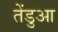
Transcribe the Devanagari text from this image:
तेंडुआ